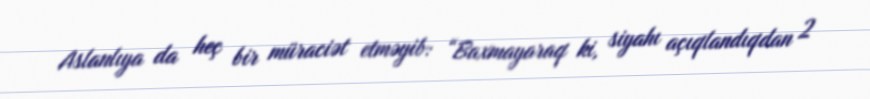
Aslanlıya da heç bir müraciət etməyib: “Baxmayaraq ki, siyahı açıqlandıqdan 2